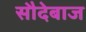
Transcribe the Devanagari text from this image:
सौदेबाज